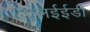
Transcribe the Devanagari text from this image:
एलईईडी